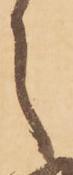
之